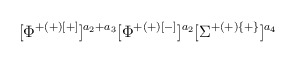
\begin{align*} [\Phi^{+(+)[+]}]^{a_2+a_3}[\Phi^{+(+)[-]}]^{a_2}[\Sigma^{+(+)\{+\}}]^{a_4}\end{align*}